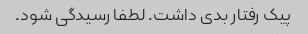
پیک رفتار بدی داشت. لطفا رسیدگی شود.